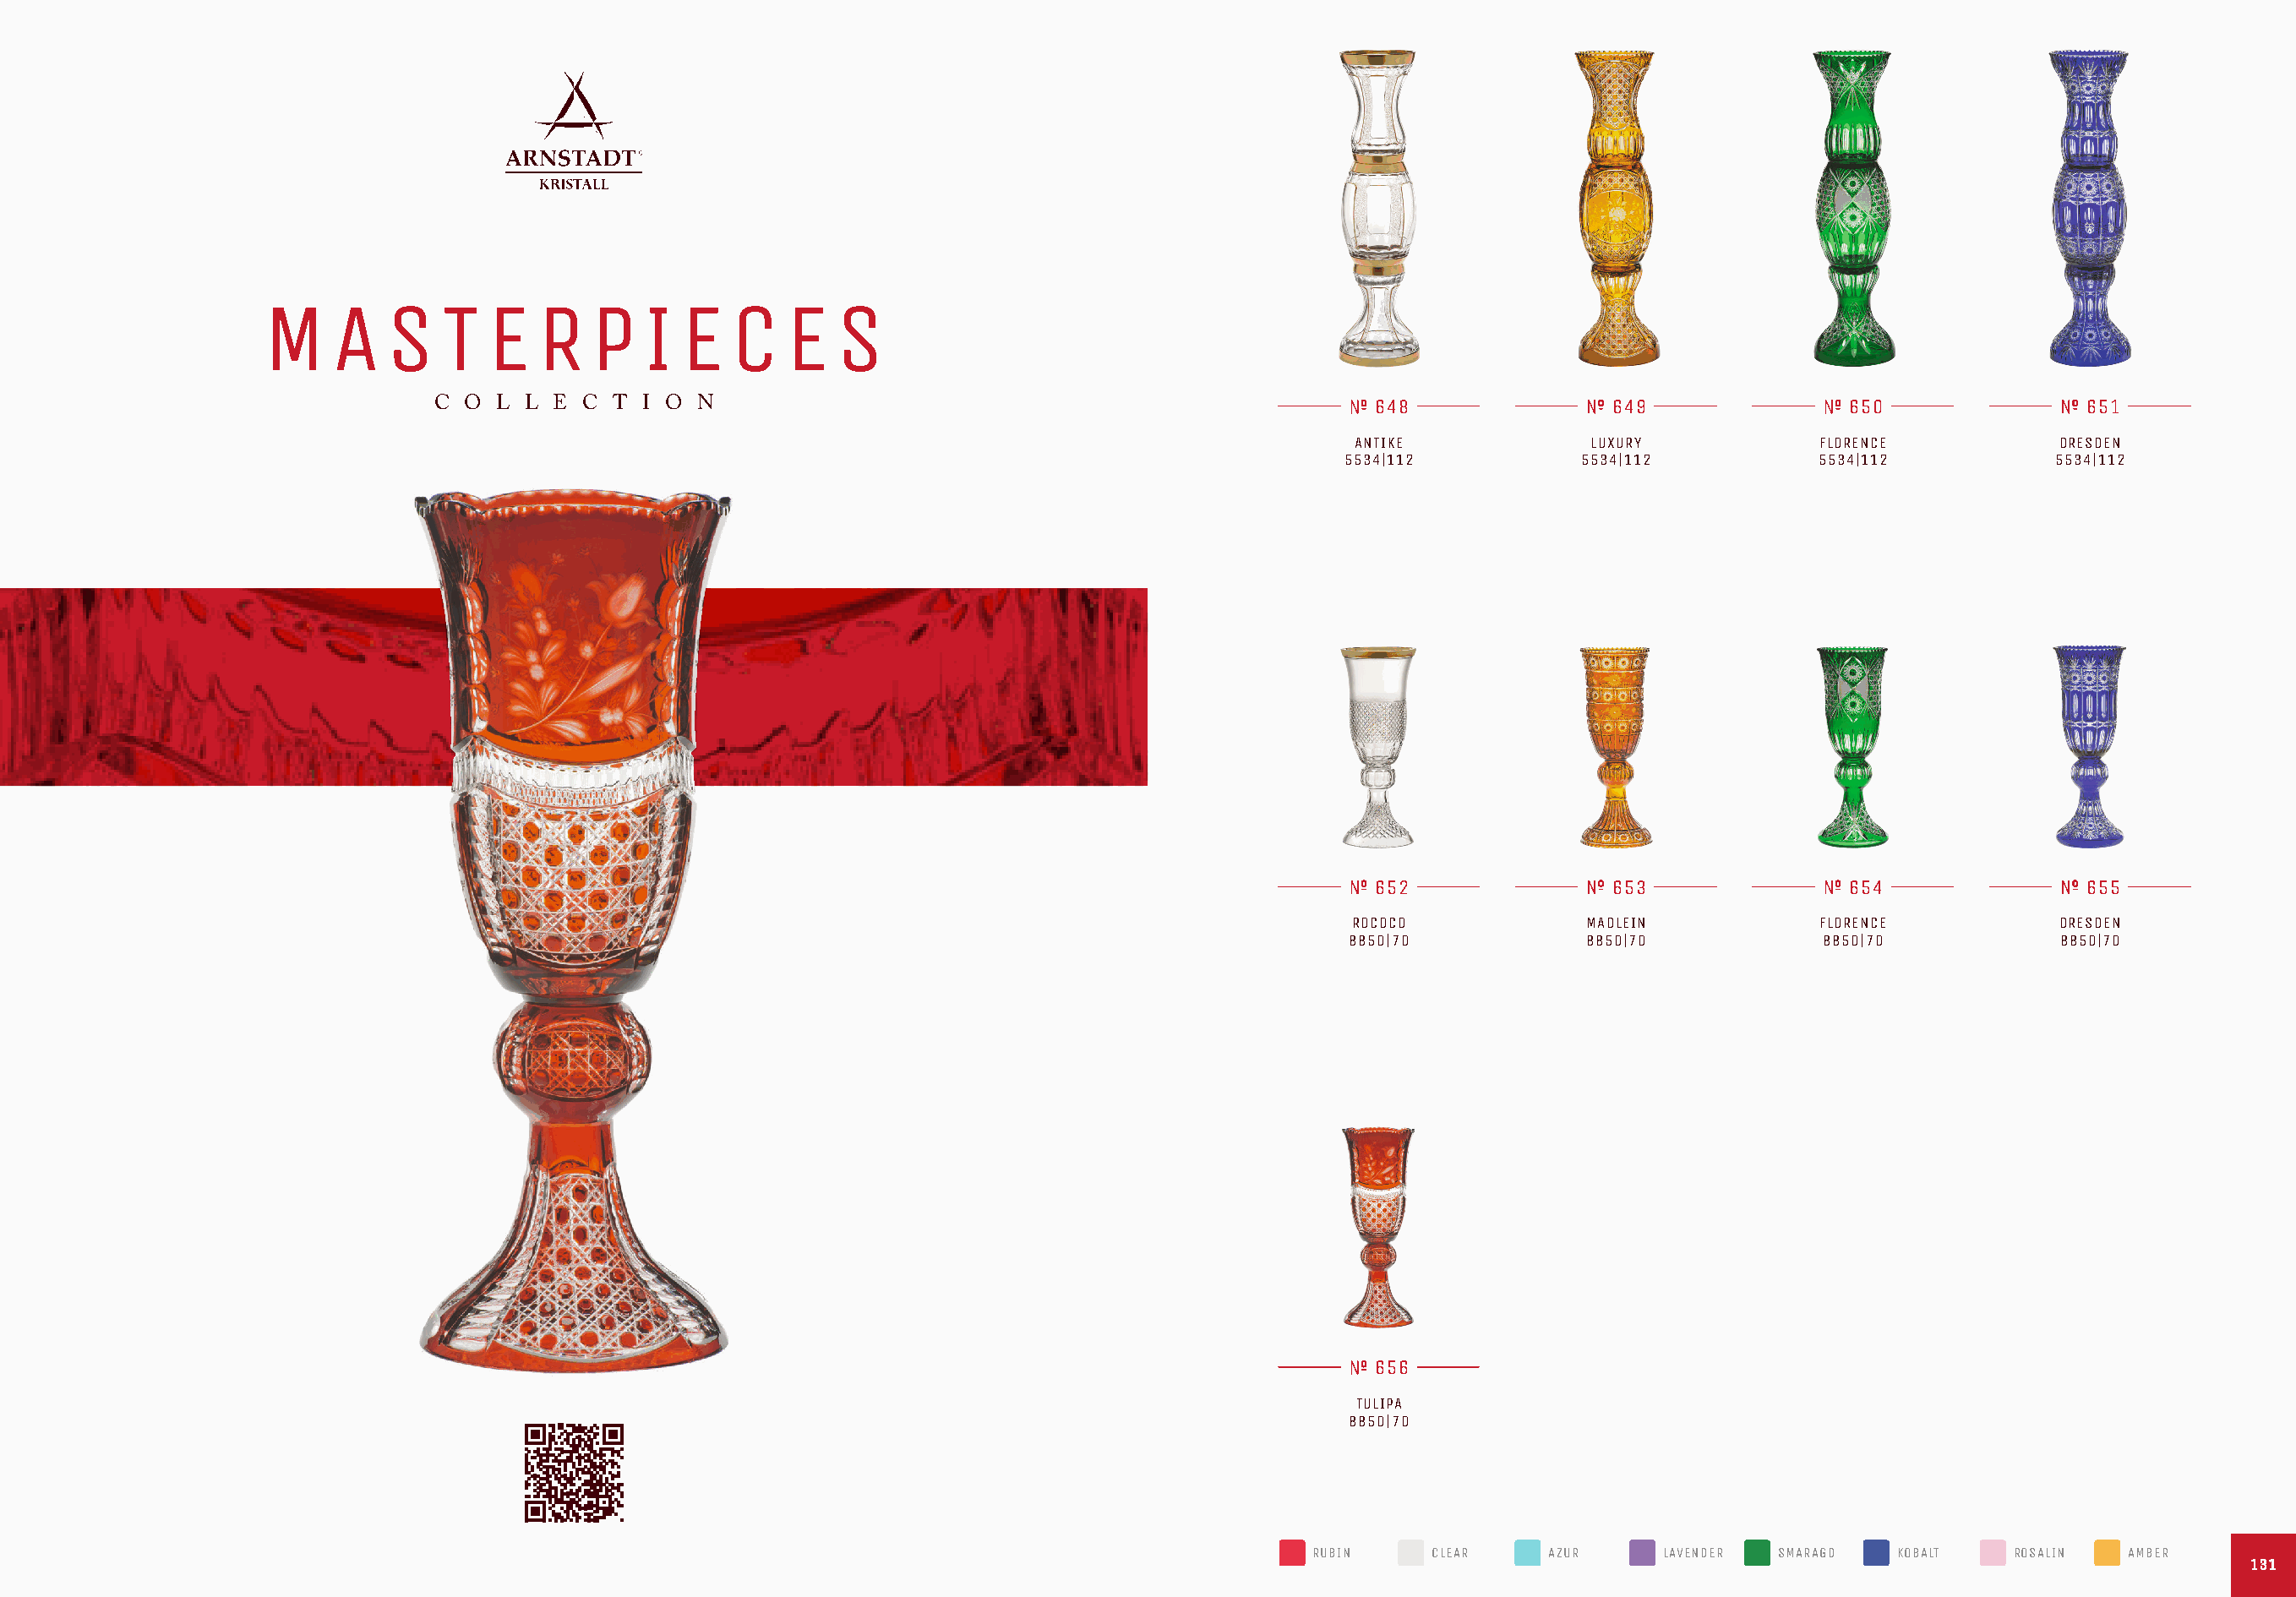
M    A   S    T  E   R   P   I  E   C    E  S
 C O  L L E  C T I O  N                                                    648               649                650               651
 ANTIKE             LUXURY            FLORENCE          DRESDEN
 5534|112           5534|112          5534|112           5534|112
 652               653                654               655
 ROCOCO            MADLEIN            FLORENCE          DRESDEN
 8850|70           8850|70            8850|70           8850|70
 656
 TULIPA
 8850|70
 RUBIN    CLEAR    AZUR     LAVENDER SMARAGD   KOBALT   ROSALIN  AMBER
 113311